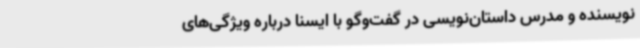
نویسنده و مدرس داستان‌نویسی در گفت‌وگو با ایسنا درباره ویژگی‌های